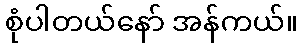
စုံပါတယ်နော် အန်ကယ်။